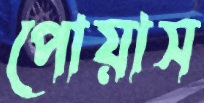
পোয়াস